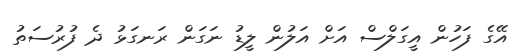
އޭގެ ފަހުން އީގަލްސް އަށް އަލުން ލީޑު ނަގަން ރަނގަޅު ދެ ފުރުސަތު